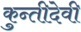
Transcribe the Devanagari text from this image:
कुन्तीदेवी